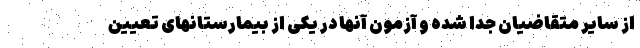
از سایر متقاضیان جدا شده و آزمون آنها در یکی از بیمارستانهای تعیین